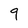
Character: 9